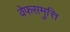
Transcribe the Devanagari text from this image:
वेफसमुत्ति